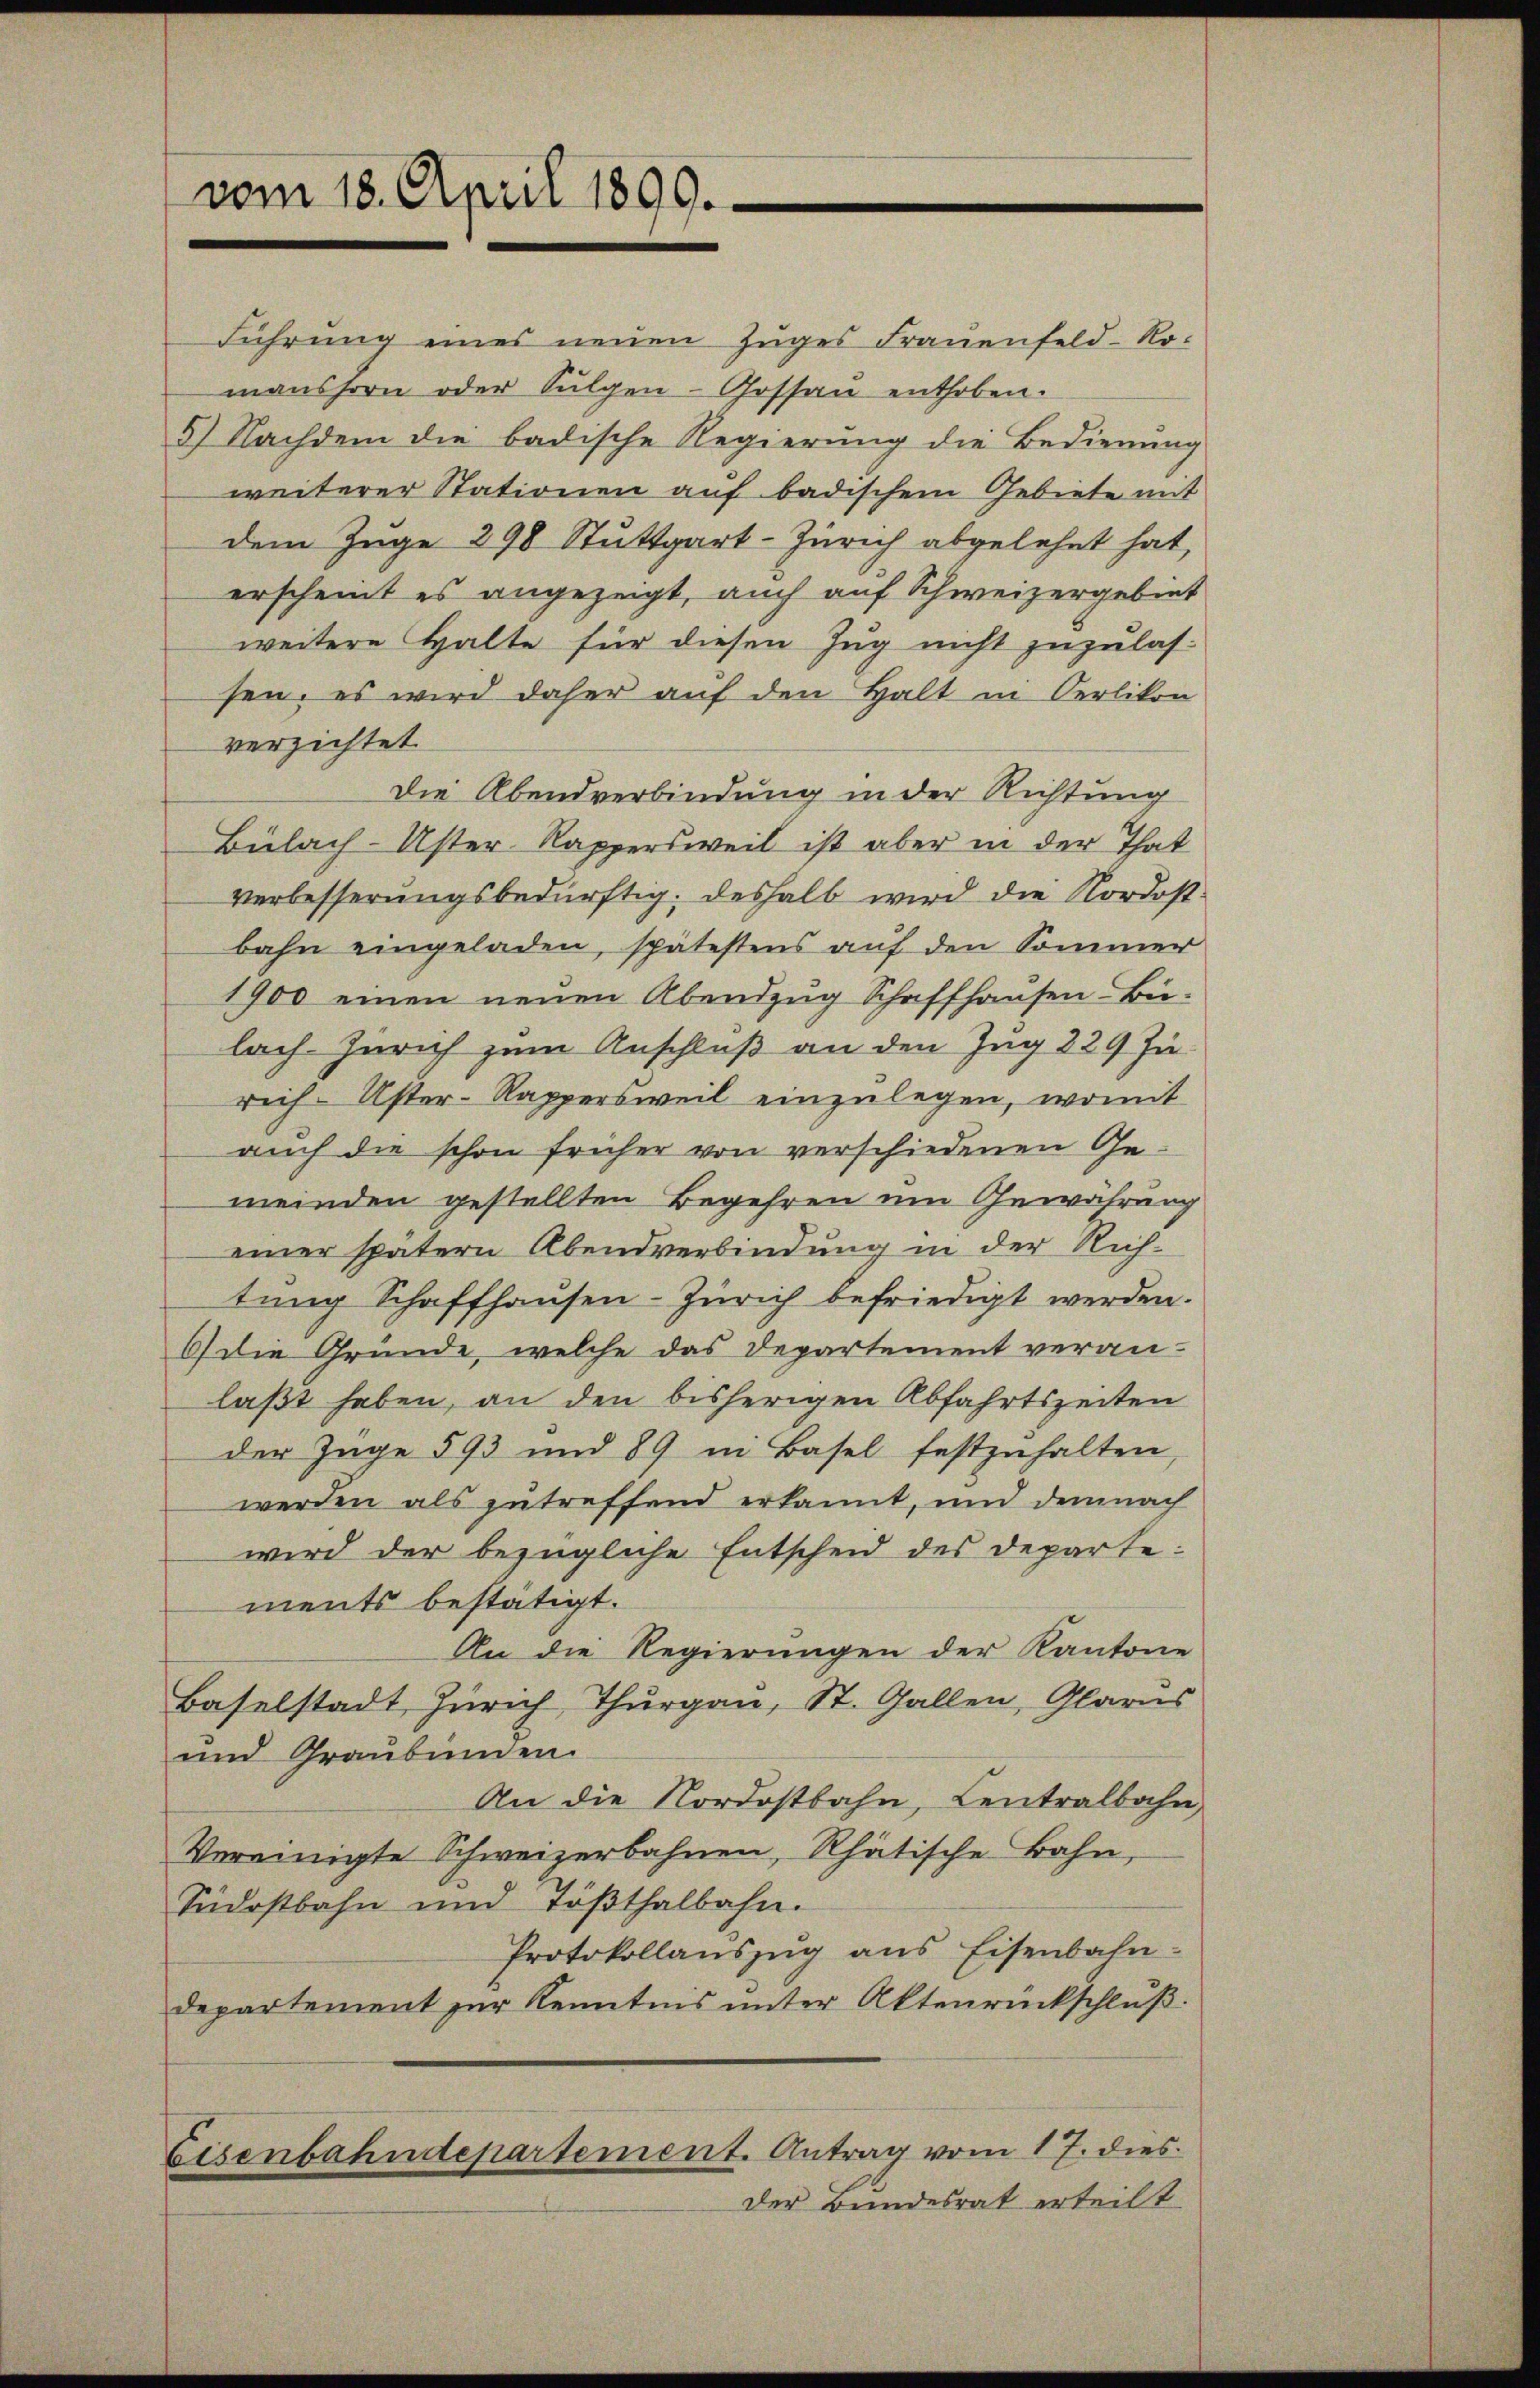
vom 18. April 1890.

Führung eines neuen Zuges Frauenfeld-Ro-
manshorn oder Sulgen-Gossau enthoben.
5) Nachdem die badische Regierung die Bedienŭng
weiterer Stationen auf badischem Gebiete mit
dem Zuge 298 Stuttgart-Zürich abgelehnt hat,
erscheint es angezeigt, auch auf Schweizergebiet
weitere Halte für diesen Zug nicht zuzulassen; es wird daher auf den Halt in Oerlikon
verzichtet
Die Abendverbindung in der Richtung
Bülach-Uster Kappersweil ist aber in der That
verbesserungsbedürftig. deshalb wird die Nordostbahn eingeladen, spätestens auf den Sommer
1900 einen neuen Abendzug Schaffhausen Bülach. Zürich zum Anschluß an den Zug 229 Jureih-Uster-Rappersweil einzulegen, womit
auch die schon früher von verschiedenen Ge-
meinden gestellten Begehren um Gewährung
einer spätern Abendverbindung in der Richtung Schaffhausen-Zürich befriedigt werden.
6) die Gründe, welche das Departement veran-
laßt haben, an den bisherigen Abfahrtszeiten
der Zuge 593 und 89 in Basel festzuhalten
werden als zutreffend erkannt, und demnach
wird der bezügliche Entscheid des Departe:
ments bestätigt.
An die Regierungen der Kantone
Baselstadt Zürich, Thurgau, St. Gallen, Glarus
und Graubünden.
An die Nordostbahn, Centralbahn,
Vereinigte Schweizerbahnen, Rhätische Bahn,
Südostbahn und Tößthalbahn.
Protokollanszŭg ans Eisenbahn-
Departement zur Kenntnis unter Aktenrückschluß.
Eisenbahndepartement. Antrag vom 17. dies
Der Bundesrat erteilt